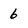
Character: 6